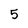
Character: 5